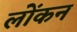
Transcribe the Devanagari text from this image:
लोंकन